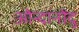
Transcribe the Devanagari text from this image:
ओन्दानोंदु